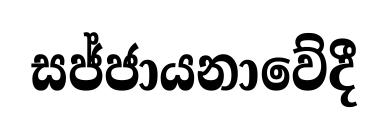
සජ්ජායනාවේදී